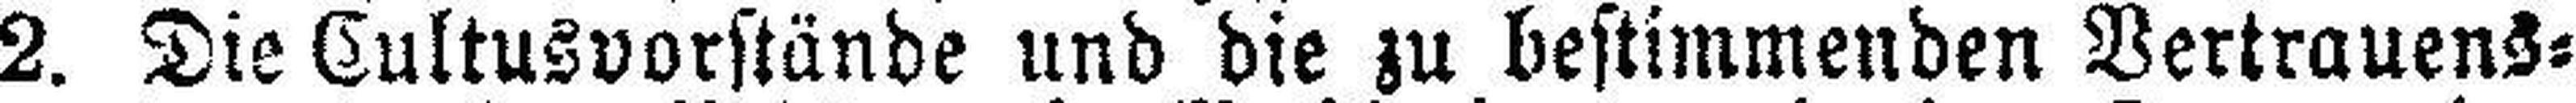
2. Die Cultusvorstände und die zu bestimmenden Vertrauens¬